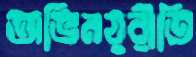
অভিনয়রীতি